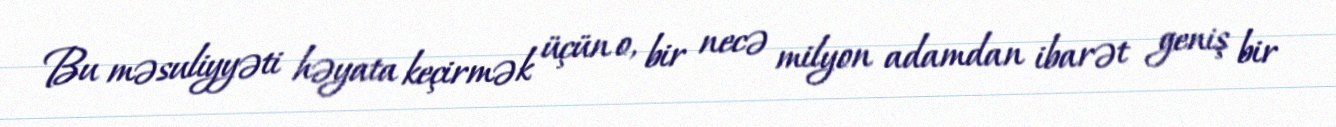
Bu məsuliyyəti həyata keçirmək üçün o, bir necə milyon adamdan ibarət geniş bir